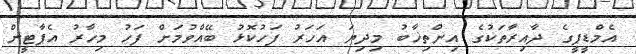
އެމްޑީޕީގެ ދާއިރާތަކުގެ އިންތިޚާބު މިދިޔަ އަހަރު ފަހުކޮޅު ބޭއްވުމަށް ފަހު މިހާރު އެޕާޓީން